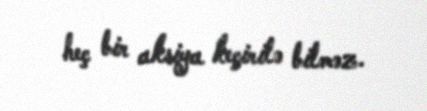
heç bir aksiya keçirilə bilməz.